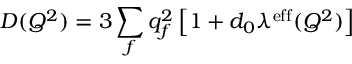
D ( Q ^ { 2 } ) = 3 \sum _ { f } q _ { f } ^ { 2 } \left[ 1 + d _ { 0 } \lambda ^ { \mathrm { e f f } } ( Q ^ { 2 } ) \right]